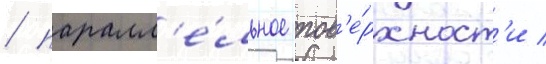
/ паралл'е́льное пов'е́рхност'и /